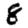
Digit: 8